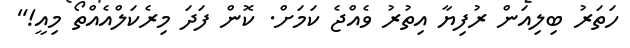
ހަތަރު ބިލިއަން ރުފިޔާ އިތުރު ވެއްޖެ ކަމަށް. ކޮން ފަދަ މިރެކަލްއެއްތޯ މިއީ!"